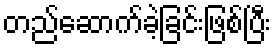
တည်ဆောက်ခဲ့ခြင်းဖြစ်ပြီး